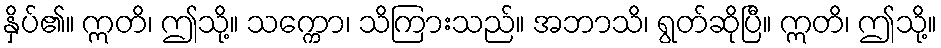
နှိပ်၏။ ဣတိ၊ ဤသို့။ သက္ကော၊ သိကြားသည်။ အဘာသိ၊ ရွတ်ဆိုပြီ။ ဣတိ၊ ဤသို့။